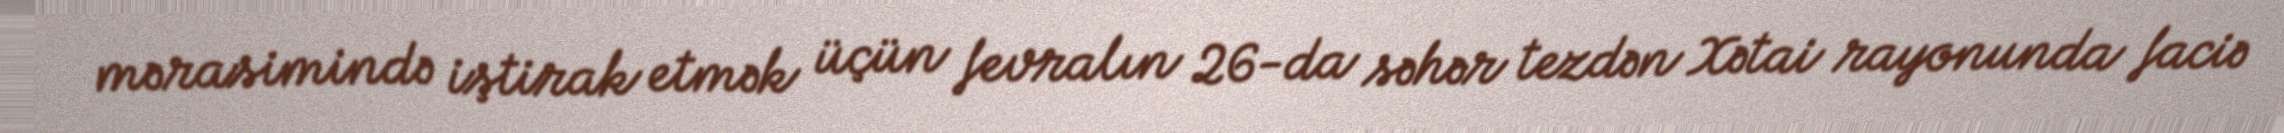
mərasimində iştirak etmək üçün fevralın 26-da səhər tezdən Xətai rayonunda faciə